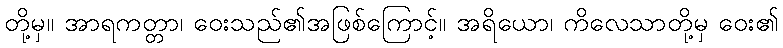
တို့မှ။ အာရကတ္တာ၊ ဝေးသည်၏အဖြစ်ကြောင့်။ အရိယော၊ ကိလေသာတို့မှ ဝေး၏